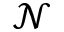
\mathcal { N }